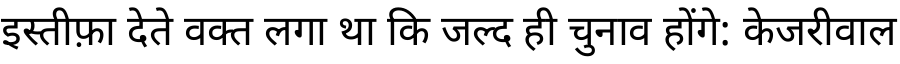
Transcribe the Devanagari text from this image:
इस्तीफ़ा देते वक्त लगा था कि जल्द ही चुनाव होंगे: केजरीवाल